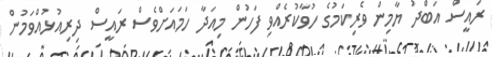
ރައީސް އަބްދު ޔާމިން ވެރިކަމުގެ ހުވާކުރެއްވި ފަހުން މިއަދާ ހަމައަށްވެސް ރައީސް ދިރިއުޅުއްވަމުން